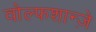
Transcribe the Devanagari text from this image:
वोल्फशान्ज़े